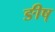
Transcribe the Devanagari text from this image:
ङीष्